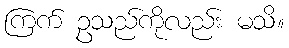
ကြက် ဥသည်ကိုလည်း မသိ။